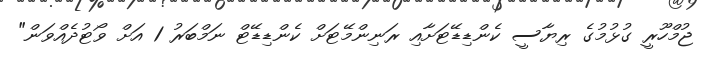
ޖުމްހޫރީ ގުޅުމުގެ ރިޔާސީ ކެންޑިޑޭޓަށާއި ރަނިންމޭޓަށް ކެންޑިޑޭޓް ނަމްބަރު 1 އަށް ވޯޓުދެއްވަން"